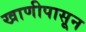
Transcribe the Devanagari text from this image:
खाणीपासून